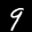
Label: 9